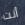
أنت